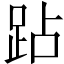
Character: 跕